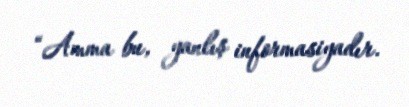
“Amma bu, yanlış informasiyadır.